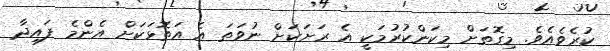
ކުރެވެއެވެ. މިގޮތަށް މިކަންކުރުމަކީ އެ ރަށަކަށް ނުވަތަ އެ އަތޮޅަކަށް އެންމެ ފައިދާ